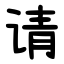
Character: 请